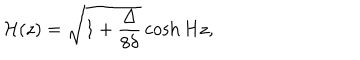
{ \cal H } ( z ) = \sqrt { 1 + \frac { \Delta } { 8 \delta } } \cosh { H z } ,